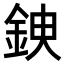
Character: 𨦢